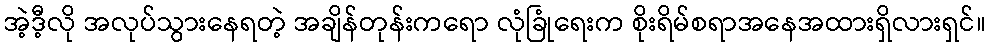
အဲ့ဒီ့လို အလုပ်သွားနေရတဲ့ အချိန်တုန်းကရော လုံခြုံရေးက စိုးရိမ်စရာအနေအထားရှိလားရှင်။